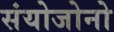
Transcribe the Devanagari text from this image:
संयोजोनो